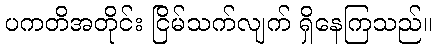
ပကတိအတိုင်း ငြိမ်သက်လျက် ရှိနေကြသည်။